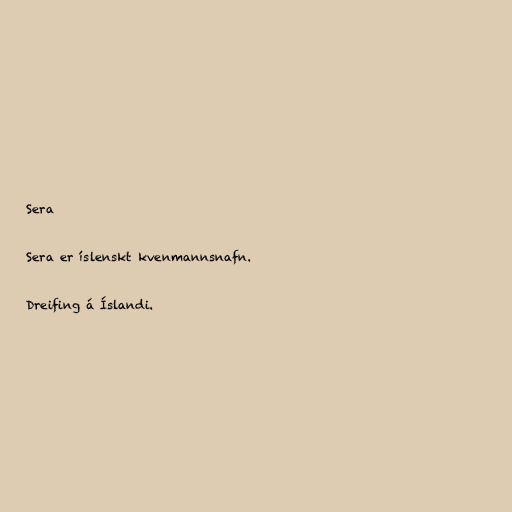
Sera

Sera er íslenskt kvenmannsnafn.

Dreifing á Íslandi.